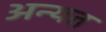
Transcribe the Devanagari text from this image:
अन्यत